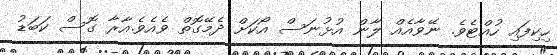
ހިކިފައި ހުއްޓެވެ. ނޭވާއެއް ލާން އުޅުނަސް އޯކަށް ދެމޭގޮތް ވެއެވެ.އާރާ ގޮސް ކަބަޑު